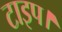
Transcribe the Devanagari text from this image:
टाइप।